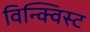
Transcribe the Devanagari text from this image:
विन्क्विस्ट